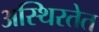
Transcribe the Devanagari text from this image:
अस्थिरतेत